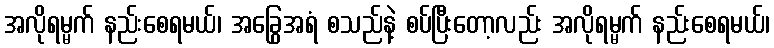
အလိုရမ္မက် နည်းစေရမယ်၊ အခြွေအရံ စသည်နဲ့ စပ်ပြီးတော့လည်း အလိုရမ္မက် နည်းစေရမယ်၊